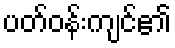
ပတ်ဝန်းကျင်၏